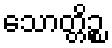
သောတ္တိဉ္စ